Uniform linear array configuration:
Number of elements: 12
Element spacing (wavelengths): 1
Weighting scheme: cosine
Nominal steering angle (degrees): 15
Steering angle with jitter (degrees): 15.138
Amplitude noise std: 0.05
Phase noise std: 0.05

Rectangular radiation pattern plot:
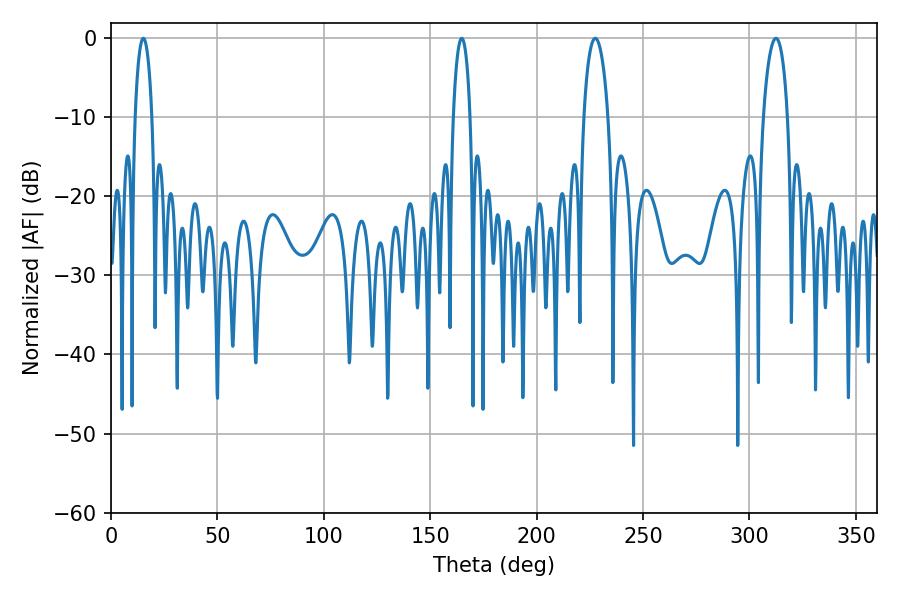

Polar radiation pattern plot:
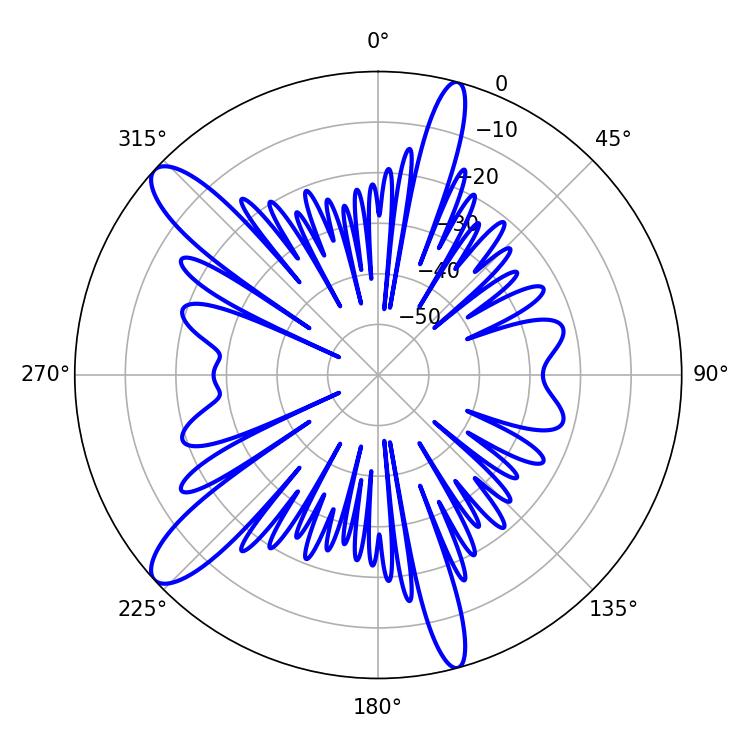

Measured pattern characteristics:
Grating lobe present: TRUE
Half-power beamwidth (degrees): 6.48
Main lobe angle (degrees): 227.52